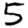
Digit: 5